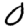
Digit: 0